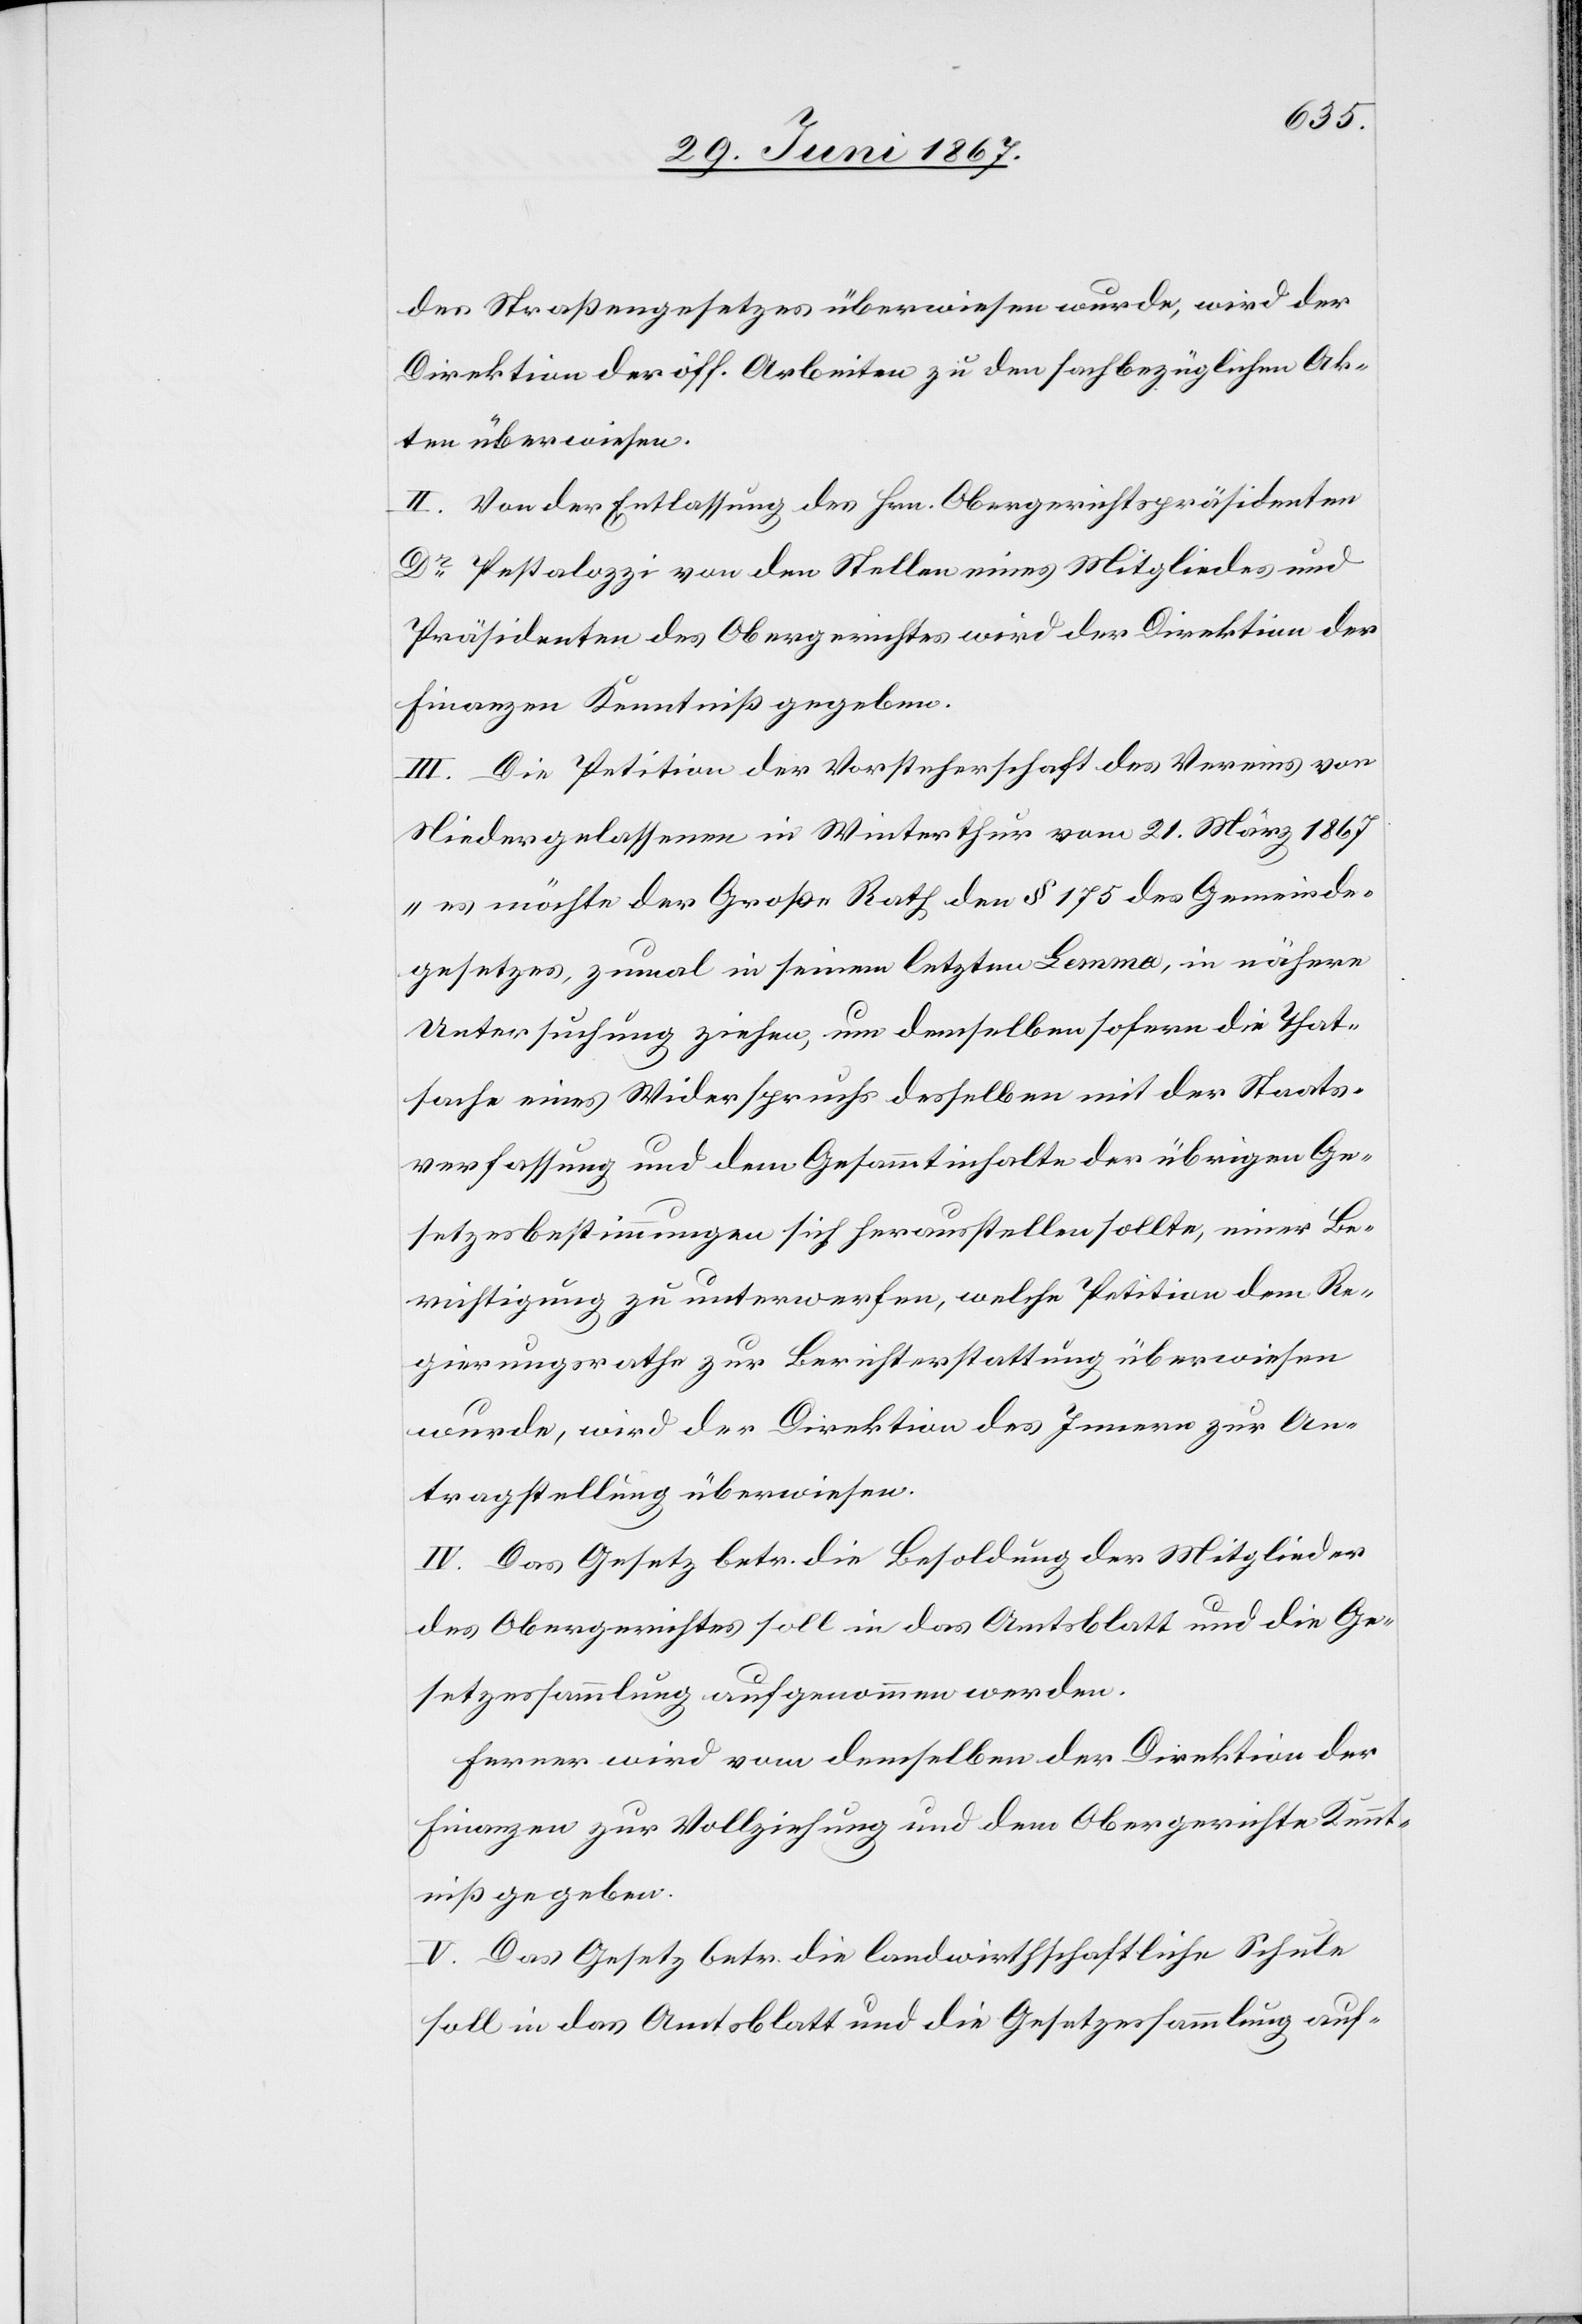
des Straßengesetzes überwiesen wurde, wird der
Direktion der öff. Arbeiten zu den sachbezüglichen Ak¬
ten überwiesen.
II. Von der Entlassung des Hrn. Obergerichtspräsidenten
Dr. Pestalozzi von den Stellen eines Mitgliedes und
Präsidenten des Obergerichtes wird der Direktion der
Finanzen Kenntniß gegeben.
III. Die Petition der Vorsteherschaft des Vereins von
Niedergelassenen in Winterthur vom 21. März 1867
„es möchte der Große Rath den § 175 des Gemeinde¬
gesetzes, zumal in seinem letzten Lemma, in nähere
Untersuchung ziehen, um demselben sofern die That¬
sache eines Widerspruchs desselben mit der Staats¬
verfassung und dem Gesamtinhalte der übrigen Ge¬
setzesbestimmungen sich herausstellen sollte, einer Be¬
richtigung zu unterwerfen[“], welche Petition dem Re¬
gierungsrathe zur Berichterstattung überwiesen
wurde, wird der Direktion des Innern zur An¬
tragstellung überwiesen.
IV. Das Gesetz betr. die Besoldung der Mitglieder
des Obergerichtes soll in das Amtsblatt und die Ge¬
setzessammlung aufgenommen werden.
Ferner wird vom [sic!] demselben der Direktion der
Finanzen zur Vollziehung und dem Obergerichte Kennt¬
niß gegeben.
V. Das Gesetz betr. die landwirthschaftliche Schule
soll in das Amtsblatt und die Gesetzessammlung auf-